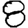
Digit: 8